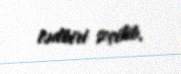
tədbiri seçilib.